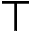
\top